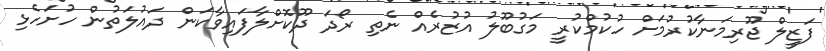
ފަޒީލް ޖޫރިމަނާކުރުމަށް ހުކުމްކުރީ މަގުބޫލު އުޒުރެއް ނެތި ރޯދަ ދޫކޮށްލާފައިވާކަން ދައުލަތުން ހުށަހެޅި